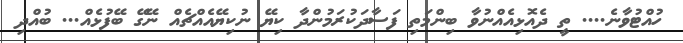
ހުއްޓުވާނެ.... ތީ ދެއޮޅިއެއްނުވާ ބިންމަތި ފަސާދަކުރަމުންދާ ކިޔޭ ނުކިޔޭއެއްޗެއް ނޭގޭ ބޭފުޅެއް... ބުއްދި